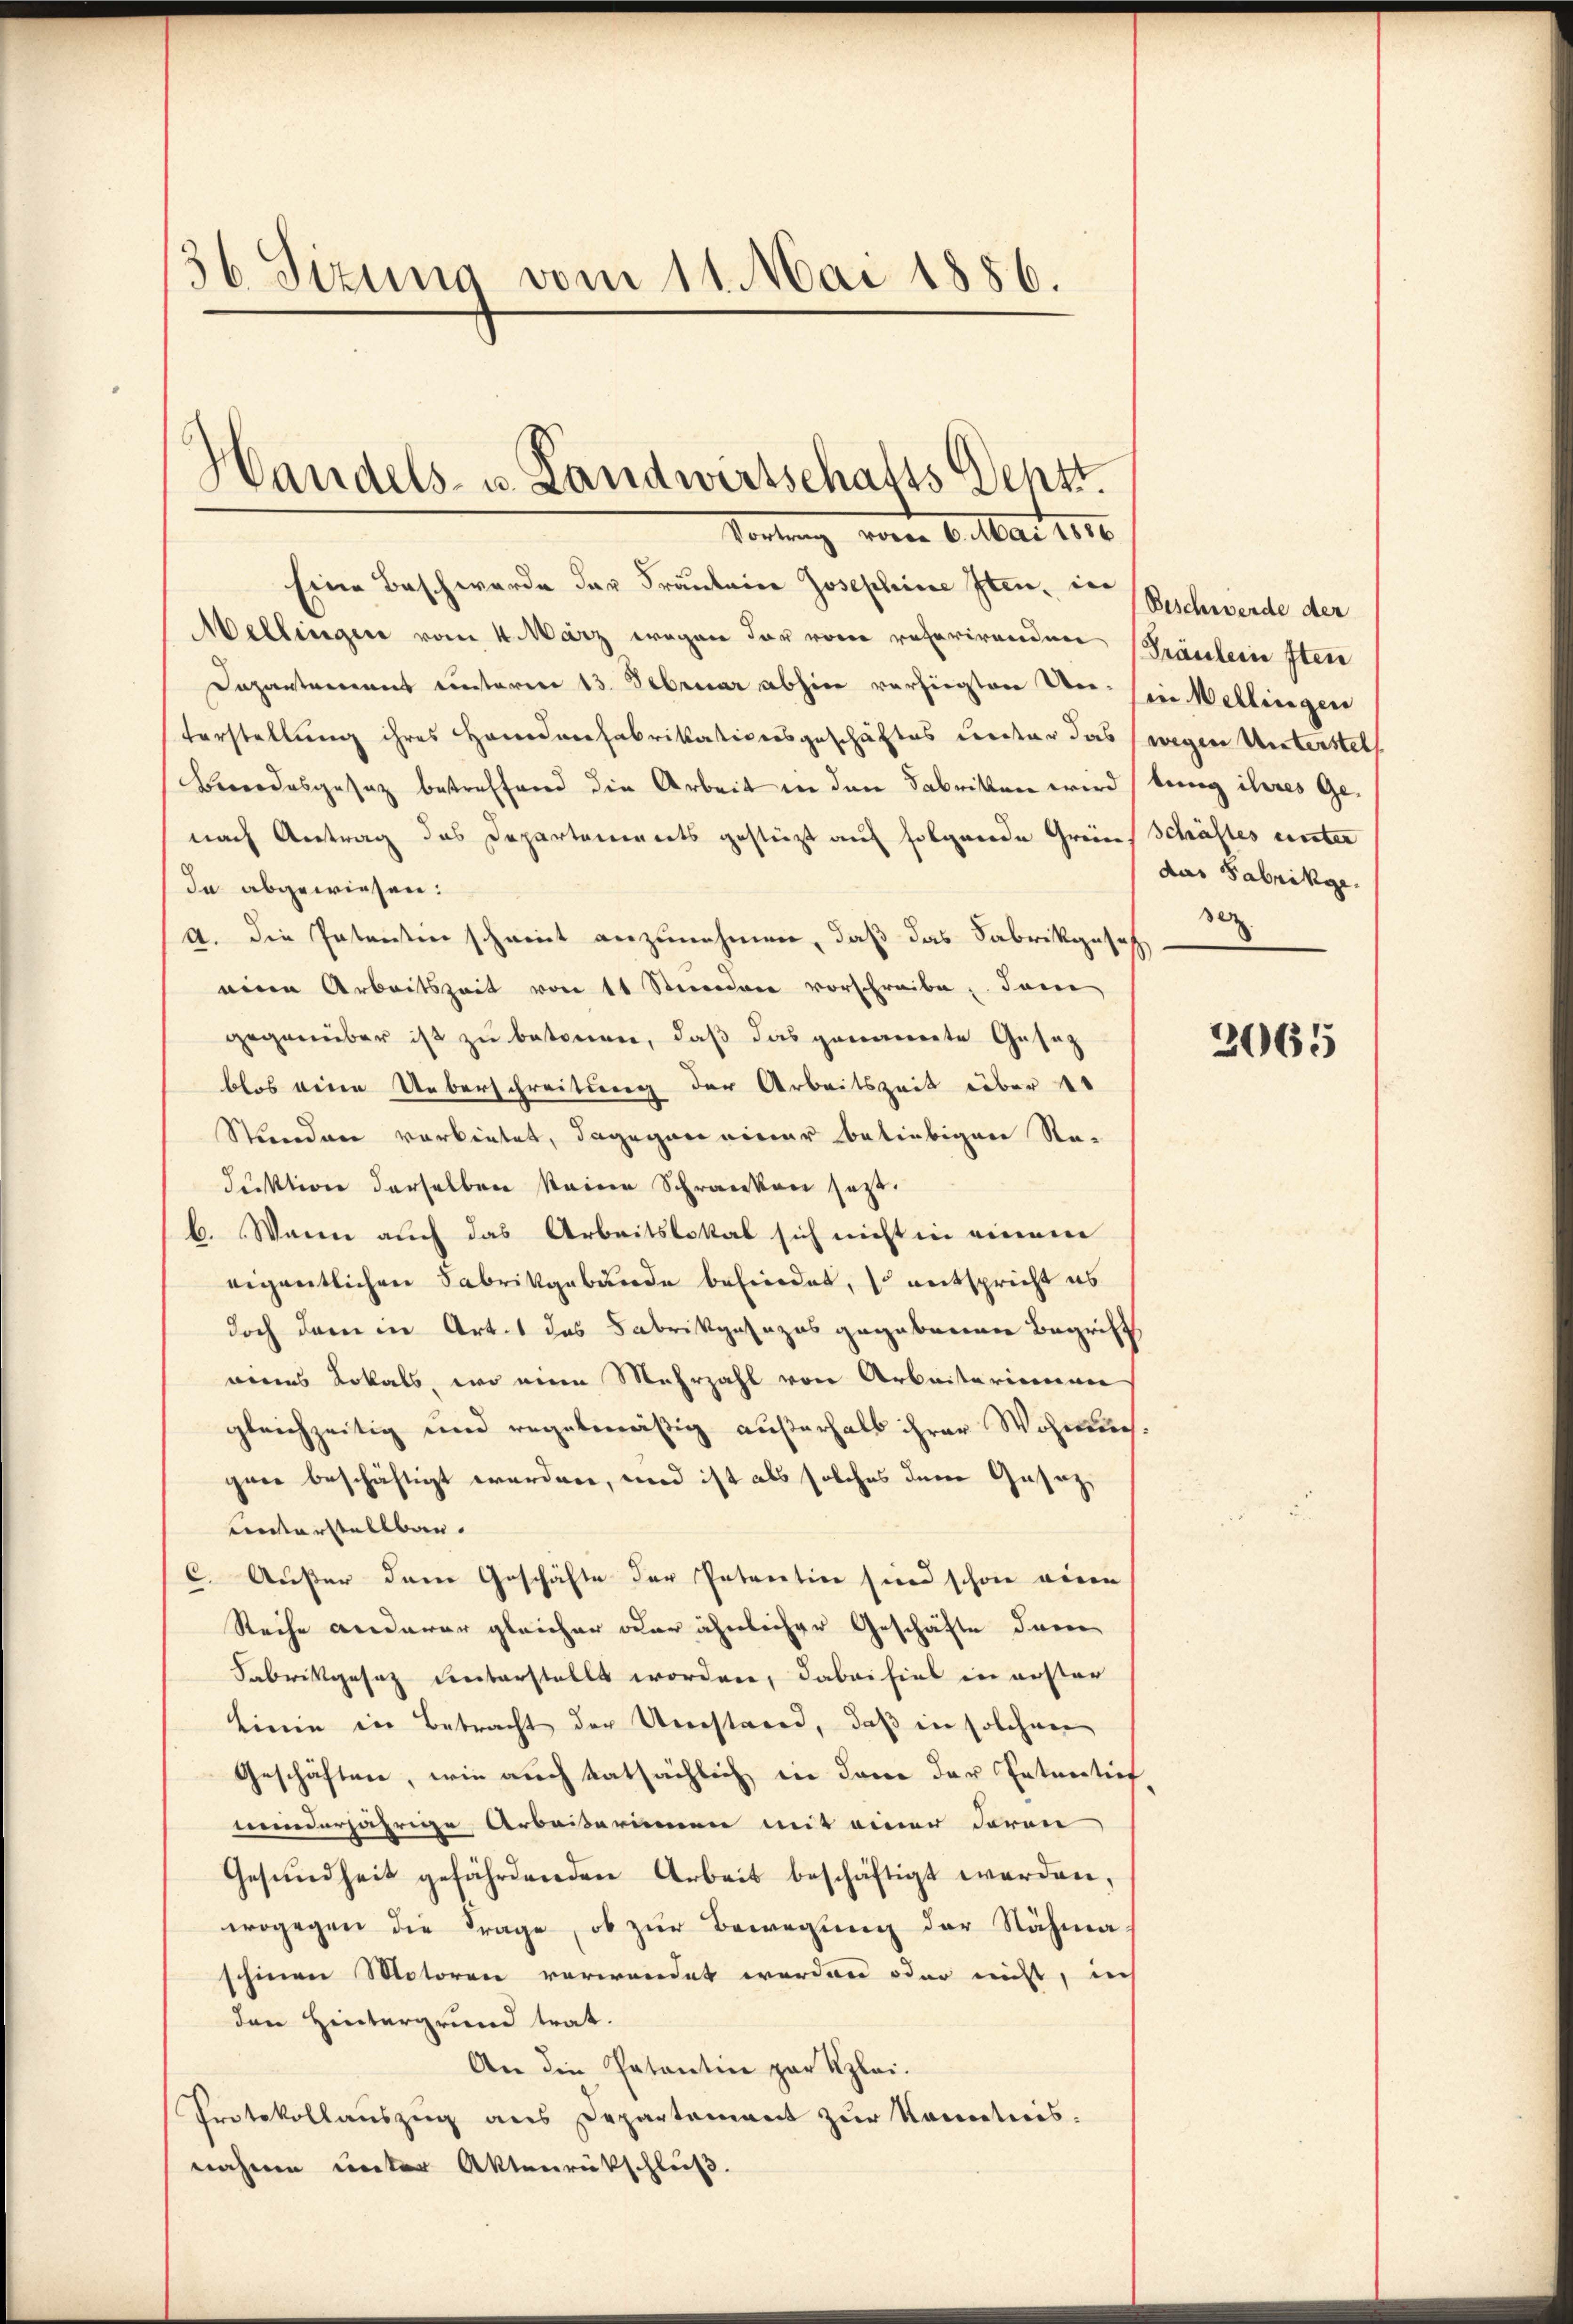
36 Sizung vom 11. Mai 1886.

Handels- u. Landwirtschafts Dehst.
Portung vom 6. Mai 1890.
Eine Beschwerde der Fräulein Josephine Iten, in

Wellingen vom 4. März wegen der von referirenden
Dapartemens unterm 13. Februar abhin verfügten Un¬
Vorstellung ihres Handerfabrikationsgeschäftes unter das
Berodesgesatz betreffend die Arbeit in den Fabriken wird
nach Antrag des Departanenerts gestützt auf folgende Greien
Ia abgewiesen:
9. die Patentin scheint anzunehmen, daß das Fabrikgeseh
eine Arbeitszeit von 11 Steiendree vorschreibe, dam
gegenüber ist zu betonen, daß das genauerte Gesatz
blos seien Ueberschreitung der Arbeitszeit über 1
Stunden vorbietet, dagegen einer beliebigen Sta-
duktion derselben keine Schranken jetzt.
b. Wenn auch das Arbeitslokal sich nicht in einem
eigentlichen Fabrikgebunde befindet, so entspricht es
doch dann in Art. 1 das Fabrikgesezes gegebenenen Begriff
nenes Lokals, wo eine Mehrzahl von Arbeiterienan
gleichzeitig und regelmäßig außerhalb ihrer Wohnlic
gane beschäftigt worden, wird ist als solches derer Gesez¬
Unterstellbar. |
C. Außer der Geschäfte der Pateration sind schon wegen
Reihe anderer gleicher oder ähnlicher Geschäfte deren
Fabrikgesez unterstellt worden, dabei fiel in erster
Linie in Betracht der Umstand, daß in solchen
Geschäften, wie auch tatsächlich in dann der Petentief
minderjährige Arbeiterinnen mit einer daran
Gesŭndheit gefährdenden Arbeit beschäftigt werden,
wogegen die Frage, ob zur Bewegung der Nähma
schinen Motoren verwendet worden oder nicht, ich
den Hintergrund trat.
An die Patantin par Kzlei-
Protokollauszug aus Departement zur Kenntnis.
nahmen unter Aktenrückschluß.

Beschwerde der
Präulein sten
in Mellingen
wegen Unterstel
tung ihres Geschäftes unter
das Fabrikge
30

2065